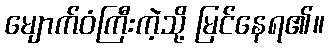
မျောက်ဝံကြီးကဲ့သို့ မြင်နေရ၏။